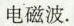
电磁波。